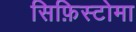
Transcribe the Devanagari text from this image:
सिफ़िस्टोमा